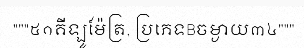
"""៥១គីឡូម៉ែត្រ, ប្រភេទBចម្ងាយ៣៤"""